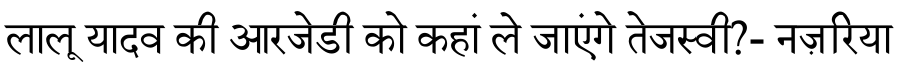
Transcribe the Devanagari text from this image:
लालू यादव की आरजेडी को कहां ले जाएंगे तेजस्वी?- नज़रिया